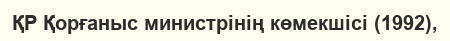
ҚР Қорғаныс министрінің көмекшісі (1992),